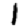
Digit: 1